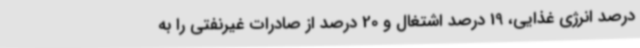
درصد انرژی غذایی، 19 درصد اشتغال و 20 درصد از صادرات غیرنفتی را به